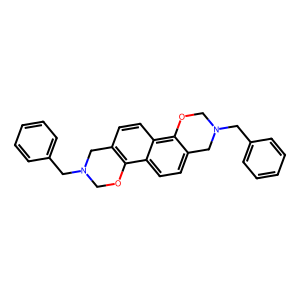
SMILES: c1ccc(CN2COc3c(ccc4c5c(ccc34)CN(Cc3ccccc3)CO5)C2)cc1
Inhibits HIV replication: No